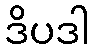
ဒိပဒါ